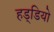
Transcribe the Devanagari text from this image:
हड्डियो